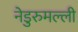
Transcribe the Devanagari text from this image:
नेडुरुमल्ली